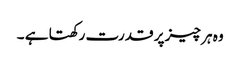
وہ ہر چیز پر قدرت رکھتا ہے ۔